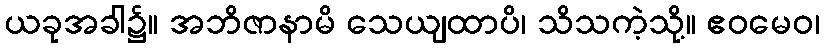
ယခုအခါ၌။ အဘိဇာနာမိ သေယျထာပိ၊ သိသကဲ့သို့။ ဧဝမေဝ၊